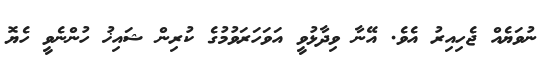
ނުވަޔެއް ޖެހިއިރު އެވެ. އޭނާ ވިދާޅުވީ އަވަހަރަވުމުގެ ކުރިން ޝައިޚު ހުންނެވީ ހެޔޮ